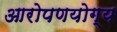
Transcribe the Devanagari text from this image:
आरोपणयोग्य